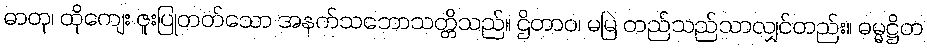
ဓာတု၊ ထိုကျေး ဇူးပြုတတ်သော အနက်သဘောသတ္တိသည်။ ဌိတာဝ၊ မမြဲ တည်သည်သာလျှင်တည်း။ ဓမ္မဋ္ဌိတ